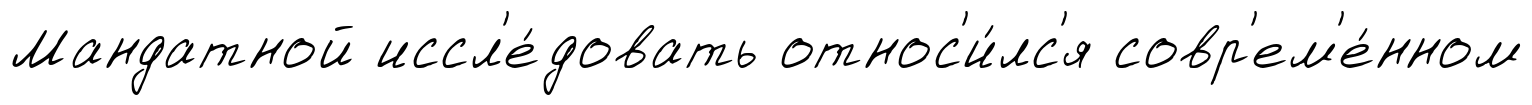
Мандатной иссл'е́довать относ'и́лс'я совр'ем'е́нном